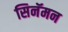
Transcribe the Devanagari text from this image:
सिनॅमन